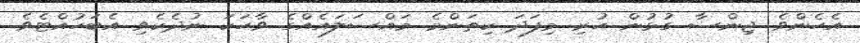
އެހެންވެ ޖިންސާ ގުޅުން ހުރި މިފަދަ ކިތަންމެ މައްސަލައެއްގެ ވާހަކަ ނުދެކެވި އެބަހުއްޓެވެ.